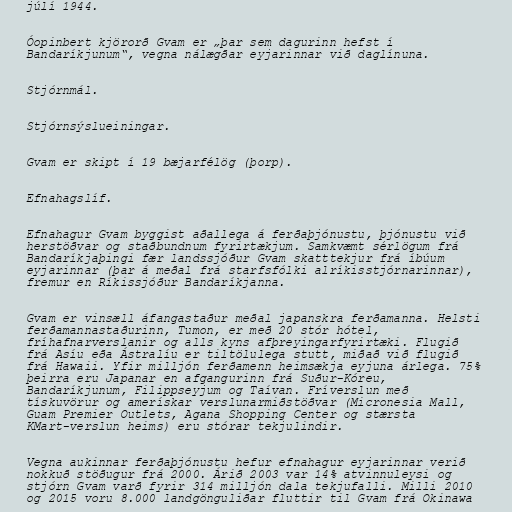
júlí 1944.

Óopinbert kjörorð Gvam er „þar sem dagurinn hefst í
Bandaríkjunum“, vegna nálægðar eyjarinnar við daglínuna.

Stjórnmál.

Stjórnsýslueiningar.

Gvam er skipt í 19 bæjarfélög (þorp).

Efnahagslíf.

Efnahagur Gvam byggist aðallega á ferðaþjónustu, þjónustu við
herstöðvar og staðbundnum fyrirtækjum. Samkvæmt sérlögum frá
Bandaríkjaþingi fær landssjóður Gvam skatttekjur frá íbúum
eyjarinnar (þar á meðal frá starfsfólki alríkisstjórnarinnar),
fremur en Ríkissjóður Bandaríkjanna.

Gvam er vinsæll áfangastaður meðal japanskra ferðamanna. Helsti
ferðamannastaðurinn, Tumon, er með 20 stór hótel,
fríhafnarverslanir og alls kyns afþreyingarfyrirtæki. Flugið
frá Asíu eða Ástralíu er tiltölulega stutt, miðað við flugið
frá Hawaii. Yfir milljón ferðamenn heimsækja eyjuna árlega. 75%
þeirra eru Japanar en afgangurinn frá Suður-Kóreu,
Bandaríkjunum, Filippseyjum og Taívan. Fríverslun með
tískuvörur og amerískar verslunarmiðstöðvar (Micronesia Mall,
Guam Premier Outlets, Agana Shopping Center og stærsta
KMart-verslun heims) eru stórar tekjulindir.

Vegna aukinnar ferðaþjónustu hefur efnahagur eyjarinnar verið
nokkuð stöðugur frá 2000. Árið 2003 var 14% atvinnuleysi og
stjórn Gvam varð fyrir 314 milljón dala tekjufalli. Milli 2010
og 2015 voru 8.000 landgönguliðar fluttir til Gvam frá Okinawa